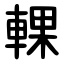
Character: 輠